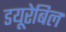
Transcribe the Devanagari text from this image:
डयूरेबिल